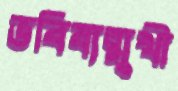
ভবিষ্যত্মুখী